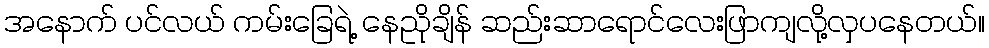
အနောက် ပင်လယ် ကမ်းခြေရဲ့ နေညိုချိန် ဆည်းဆာရောင်လေးဖြာကျလို့လှပနေတယ်။